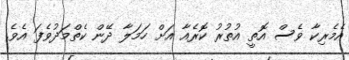
އެމެރިކާ ވެސް އޮތީ އުތުރު ކޮރެއާ އަށް ހަމަލާ ދޭން ކެތްމަދުވެފަ އެވެ.